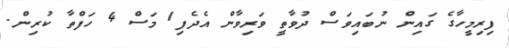
ފިރިމީހާގެ ގައިން ނުބައިވަސް ދުވާތީ ވަރިވާން އެދެފި1 މަސް 4 ހަފްތާ ކުރިން.